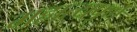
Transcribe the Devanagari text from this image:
महात्यपूर्ण